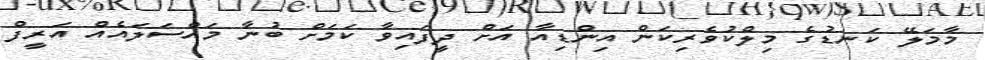
މާމަލޭ ކަނޑުގެ މިލްކުވެރިކަން އިންޑިއާ އަށް ދީފައިވާ ކަމަށް ބުނާ މައްސަލައެއް އަރީފް